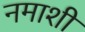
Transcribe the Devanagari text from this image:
नमाशी